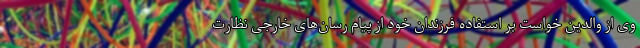
وی از والدین خواست بر استفاده فرزندان خود از پیام رسان‌های خارجی نظارت